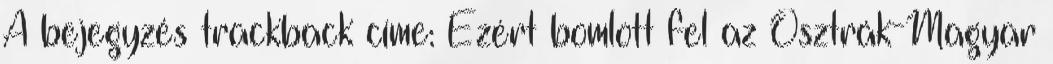
A bejegyzés trackback címe: Ezért bomlott fel az Osztrák-Magyar